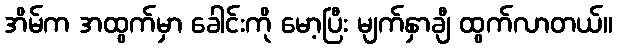
အိမ်က အထွက်မှာ ခေါင်းကို မော့ပြီး မျက်နှာချီ ထွက်လာတယ်။